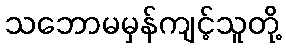
သဘောမမှန်ကျင့်သူတို့